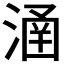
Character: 𣹢